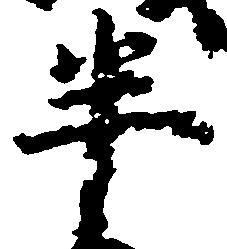
半